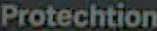
Protechtion